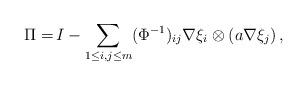
LaTeX: \begin{align*} \Pi =\,& I - \sum_{1 \le i, j \le m} (\Phi^{-1})_{ij} \nabla\xi_{i} \otimes (a \nabla\xi_{j})\,, \end{align*}